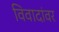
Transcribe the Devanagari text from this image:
विवादांवर